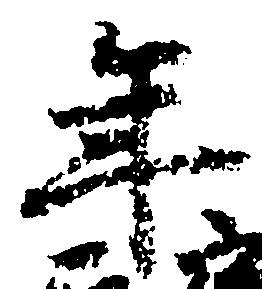
年